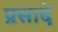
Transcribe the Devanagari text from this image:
प्रसादें